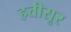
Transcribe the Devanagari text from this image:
हत्तीसूर